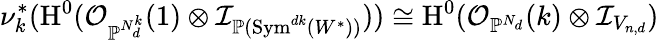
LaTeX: \nu_{k}^{*}(\operatorname{H}^{0}(\mathcal{O}_{\mathbb{P}^{N_{d}^{k}}}(1)\otimes\mathcal{I}_{\mathbb{P}(\operatorname{Sym}^{dk}(W^{\ast}))}))\cong\operatorname{H}^{0}(\mathcal{O}_{\mathbb{P}^{N_{d}}}(k)\otimes\mathcal{I}_{V_{n,d}})